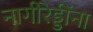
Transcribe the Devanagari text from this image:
नागीरेड्डींना